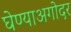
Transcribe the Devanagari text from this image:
घेण्याअगोदर